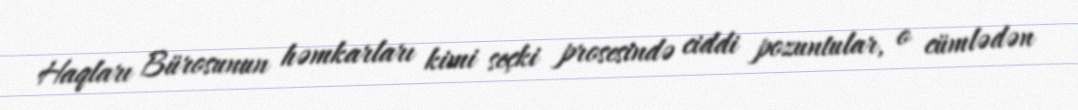
Haqları Bürosunun həmkarları kimi seçki prosesində ciddi pozuntular, o cümlədən